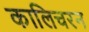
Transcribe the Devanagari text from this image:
कालिचरन